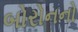
બોરોનનો